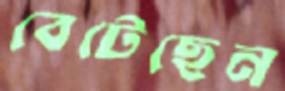
বেটেছেন